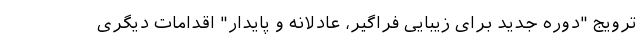
ترویج "دوره جدید برای زیبایی فراگیر، عادلانه و پایدار" اقدامات دیگری